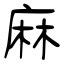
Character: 麻